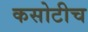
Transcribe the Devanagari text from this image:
कसोटीच